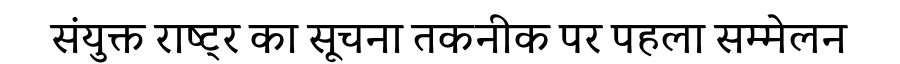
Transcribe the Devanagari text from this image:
संयुक्त राष्ट्र का सूचना तकनीक पर पहला सम्मेलन